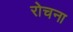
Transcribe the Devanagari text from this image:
रोचना